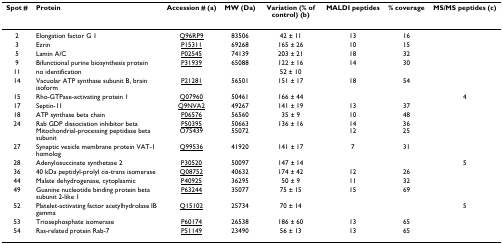
<table><thead><tr><td><b>Spot #</b></td><td><b>Protein</b></td><td><b>Accession # (a)</b></td><td><b>MW (Da)</b></td><td><b>Variation (% of control) (b)</b></td><td><b>MALDI peptides</b></td><td><b>% coverage</b></td><td><b>MS/MS peptides (c)</b></td></tr></thead><tbody><tr><td>2</td><td>Elongation factor G 1</td><td>Q96RP9</td><td>83506</td><td>42 ± 11</td><td>13</td><td>16</td><td></td></tr><tr><td>3</td><td>Ezrin</td><td>P15311</td><td>69268</td><td>165 ± 26</td><td>10</td><td>15</td><td></td></tr><tr><td>5</td><td>Lamin A/C</td><td>P02545</td><td>74139</td><td>203 ± 21</td><td>18</td><td>32</td><td></td></tr><tr><td>9</td><td>Bifunctional purine biosynthesis protein</td><td>P31939</td><td>65088</td><td>122 ± 16</td><td>14</td><td>30</td><td></td></tr><tr><td>11</td><td>no identification</td><td></td><td></td><td>52 ± 10</td><td></td><td></td><td></td></tr><tr><td>14</td><td>Vacuolar ATP synthase subunit B, brain isoform</td><td>P21281</td><td>56501</td><td>151 ± 17</td><td>18</td><td>54</td><td></td></tr><tr><td>15</td><td>Rho-GTPase-activating protein 1</td><td>Q07960</td><td>50461</td><td>166 ± 44</td><td></td><td></td><td>4</td></tr><tr><td>17</td><td>Septin-11</td><td>Q9NVA2</td><td>49267</td><td>141 ± 19</td><td>13</td><td>37</td><td></td></tr><tr><td>18</td><td>ATP synthase beta chain</td><td>P06576</td><td>56560</td><td>35 ± 9</td><td>10</td><td>48</td><td></td></tr><tr><td>24</td><td>Rab GDP dissociation inhibitor betaMitochondrial-processing peptidase beta subunit</td><td>P50395O75439</td><td>5066355072</td><td>136 ± 16</td><td>1412</td><td>3625</td><td></td></tr><tr><td>27</td><td>Synaptic vesicle membrane protein VAT-1 homolog</td><td>Q99536</td><td>41920</td><td>141 ± 17</td><td>7</td><td>31</td><td></td></tr><tr><td>28</td><td>Adenylosuccinate synthetase 2</td><td>P30520</td><td>50097</td><td>147 ± 14</td><td></td><td></td><td>5</td></tr><tr><td>36</td><td>40 kDa peptidyl-prolyl cis-trans isomerase</td><td>Q08752</td><td>40632</td><td>174 ± 42</td><td>12</td><td>26</td><td></td></tr><tr><td>44</td><td>Malate dehydrogenase, cytoplasmic</td><td>P40925</td><td>36295</td><td>50 ± 9</td><td>11</td><td>32</td><td></td></tr><tr><td>49</td><td>Guanine nucleotide binding protein beta subunit 2-like 1</td><td>P63244</td><td>35077</td><td>75 ± 15</td><td>15</td><td>69</td><td></td></tr><tr><td>52</td><td>Platelet-activating factor acetylhydrolase IB gamma</td><td>Q15102</td><td>25734</td><td>70 ± 14</td><td></td><td></td><td>5</td></tr><tr><td>53</td><td>Triosephosphate isomerase</td><td>P60174</td><td>26538</td><td>186 ± 60</td><td>13</td><td>65</td><td></td></tr><tr><td>54</td><td>Ras-related protein Rab-7</td><td>P51149</td><td>23490</td><td>56 ± 13</td><td>13</td><td>65</td><td></td></tr></tbody></table>